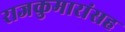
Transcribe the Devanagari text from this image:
राजकुमारांसह